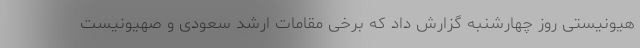
هیونیستی روز چهارشنبه گزارش داد که برخی مقامات ارشد سعودی و صهیونیست